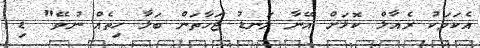
އެކަމަކު ރެއާލް ކޮޅަށް އޭނާ ލަނޑު ޖަހާތަން ބަލާ ހިތެއް ނުވޭ" ޑި